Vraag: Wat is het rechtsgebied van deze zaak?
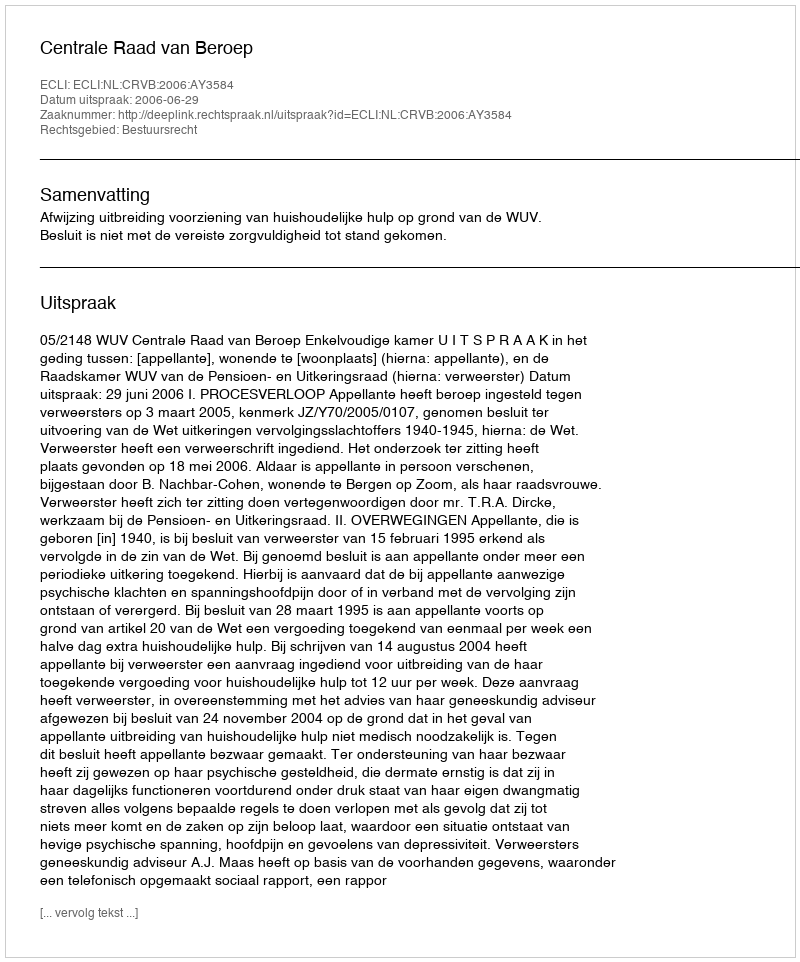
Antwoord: Bestuursrecht